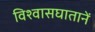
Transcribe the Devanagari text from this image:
विश्वासघातानें